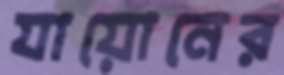
যায়োনের